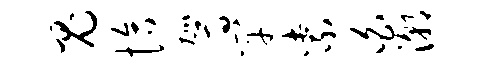
鬼恰驾竿紫白潮